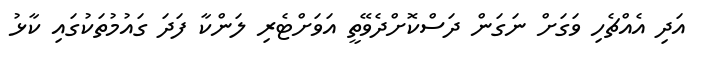
އަދި އެއްޗެހި ވަގަށް ނަގަން ދަސްކޮށްދެވޭތީ އަވަށްޓެރި ލަންކާ ފަދަ ގައުމުތަކުގައި ކާޅު